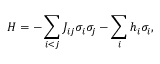
H = - \sum _ { i < j } J _ { i j } \sigma _ { i } \sigma _ { j } - \sum _ { i } h _ { i } \sigma _ { i } ,